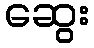
ဆွေး